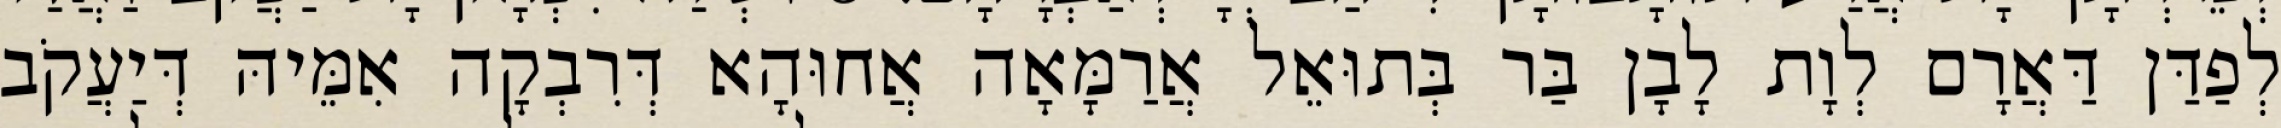
לְפַדַּן דַּאֲרָם לְוָת לָבָן בַּר בְּתוּאֵל אֲרַמָּאָה אֲחוּהָא דְּרִבְקָה אִמֵּיהּ דְּיַעֲקֹב